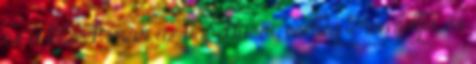
és a többiek már az aspektusai, esetleg teremtettjei, és